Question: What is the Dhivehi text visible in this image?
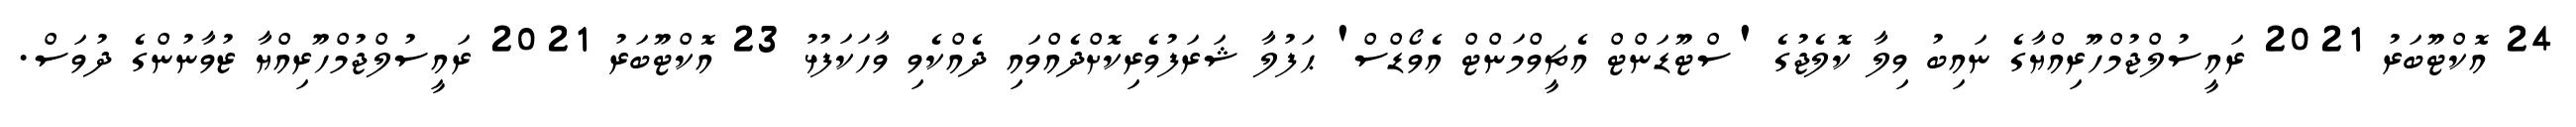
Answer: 24 އޮކްޓޫބަރު 2021 ރައީސުލްޖުމްހޫރިއްޔާގެ ނައިބު ވިލާ ކޮލެޖުގެ 'ސްޓޫޑަންޓް އެޗީވްމަންޓް އެވޯޑްސް' ޙަފުލާ ޝަރަފުވެރިކޮށްދެއްވައި ދެއްކެވި ވާހަކަފުޅު 23 އޮކްޓޫބަރު 2021 ރައީސުލްޖުމްހޫރިއްޔާ ޒުވާނުންގެ ދުވަސް.